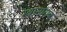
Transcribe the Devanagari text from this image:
खानायक